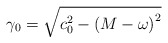
\begin{align*}\gamma _0=\sqrt{c_0^2-\left( M-\omega \right) ^2}\end{align*}